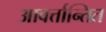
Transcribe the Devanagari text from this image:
आवर्त्तान्तित